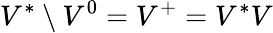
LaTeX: V^{*}\setminus V^{0}=V^{+}=V^{*}V